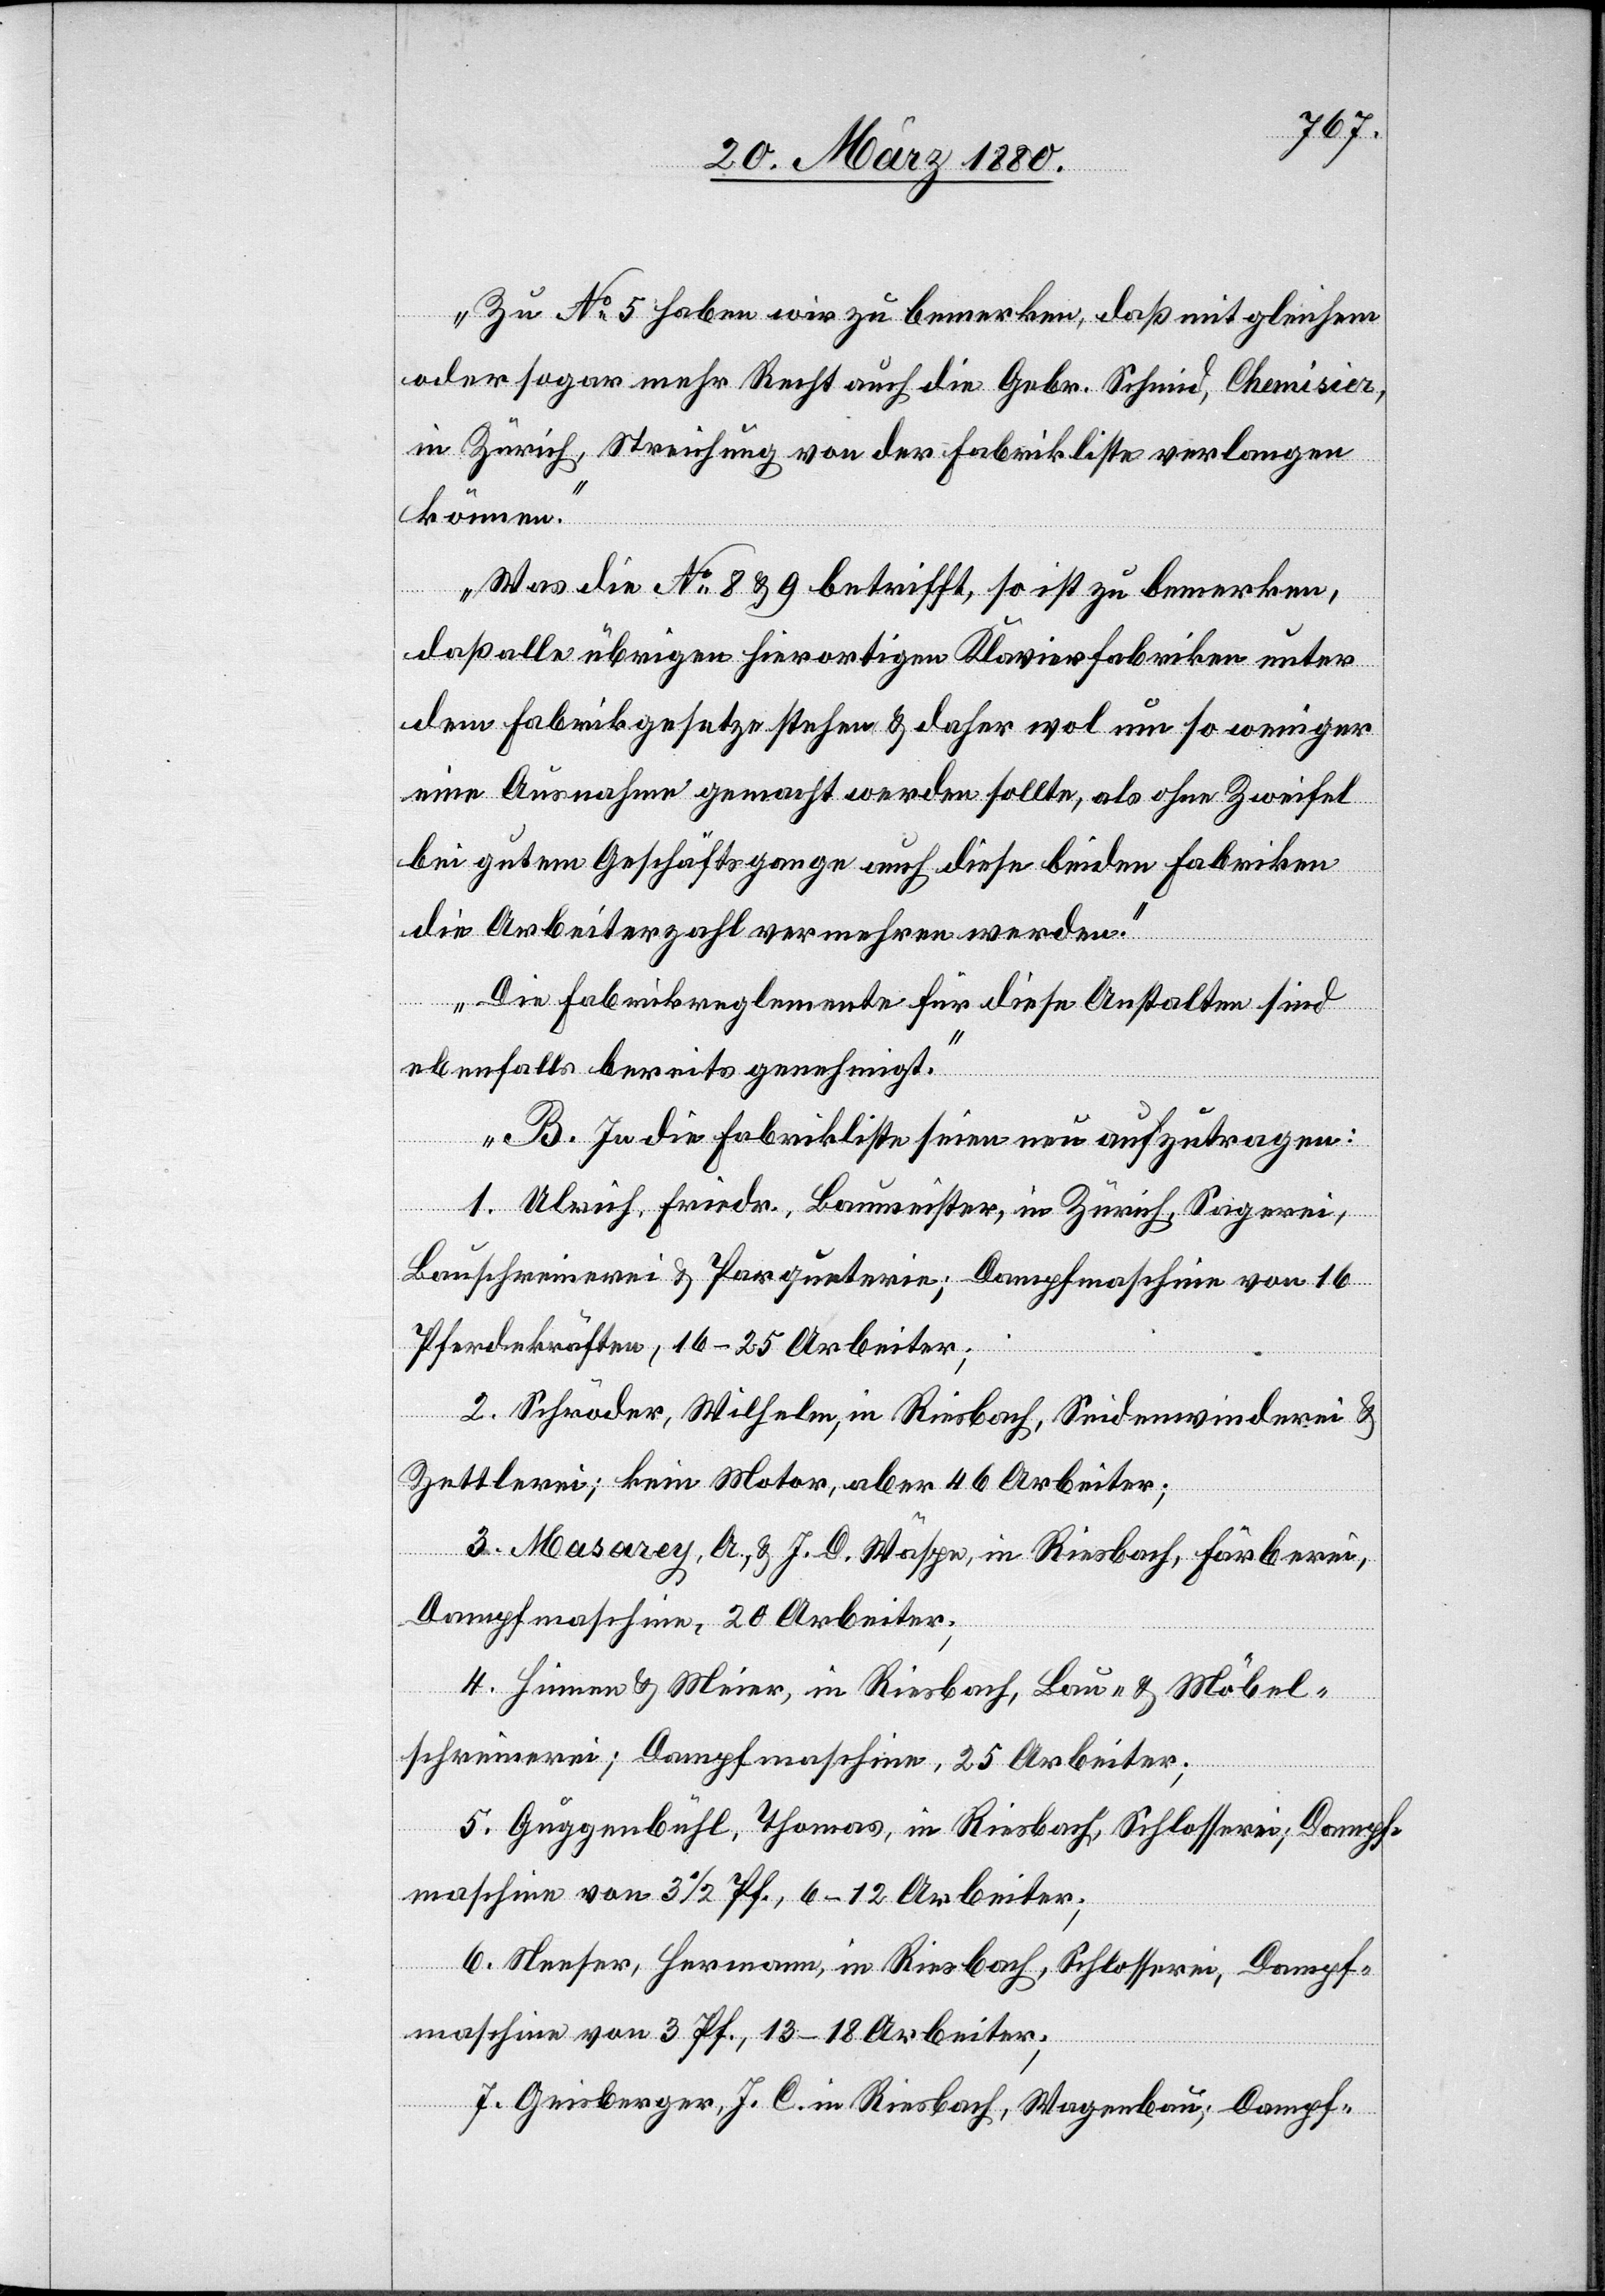
Zu No 5 haben wir zu bemerken, daß mit gleichem
oder sogar mehr Recht auch die Gebr. Schmid, Chemisèr,
in Zürich, Streichung von der Fabrikliste verlangen
können.
Was die No 8 & 9 betrifft, so ist zu bemerken,
daß alle übrigen hierortigen Klavierfabriken unter
dem Fabrikgesetze stehen & daher wol um so weniger
eine Ausnahme gemacht werden sollte, als ohne Zweifel
bei gutem Geschäftsgange auch diese beiden Fabriken
die Arbeiterzahl vermehren werden.
Die Fabrikreglemente für die Anstalten sind
ebenfalls bereits genehmigt.
B. In die Fabrikliste seien neu aufzunehmen:
1. Ulrich, Friedr., Baumeister, in Zürich, Sagerei,
Bauschreinerei & Parqueterie; Dampfmaschine von 16
Pferdekräften, 16–26 Arbeiter;
2. Schröder, Wilhelm, in Riesbach, Seidenwinderei &
Zettlerei; kein Motor, aber 46 Arbeiter;
3. Masarey, A. & J. D. Wäspe, in Riesbach, Färberei,
Dampfmaschine, 20 Arbeiter;
4. Hinnen & Meier, in Riesbach, Bau- & Möbel¬
schreinerei; Dampfmaschine, 25 Arbeiter;
5. Guggenbühl, Thomas, in Riesbach, Schlosserei; Dampf¬
maschine von 3 1/2 Pf., 6–12 Arbeiter;
6. Neeser, Hermann, in Riesbach, Schlosserei, Dampf¬
maschine von 3 Pf., 13–18 Arbeiter;
7. Geisberger, J. C. in Riesbach, Wagenbau, Dampf-